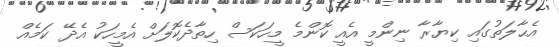
އެޙާލަތުގައި ކިޔާރާ ނިންމީ އެއީ ކޮންމެ މީހަކަސް ހިތާދެކޮލަށް އެމީހަކު އެދޭ ކަމެއް